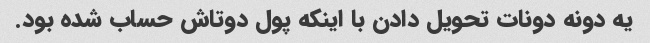
یه دونه دونات تحویل دادن با اینکه پول دوتاش حساب شده بود.